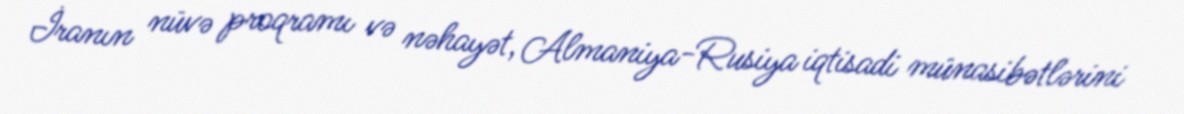
İranın nüvə proqramı və nəhayət, Almaniya-Rusiya iqtisadi münasibətlərini